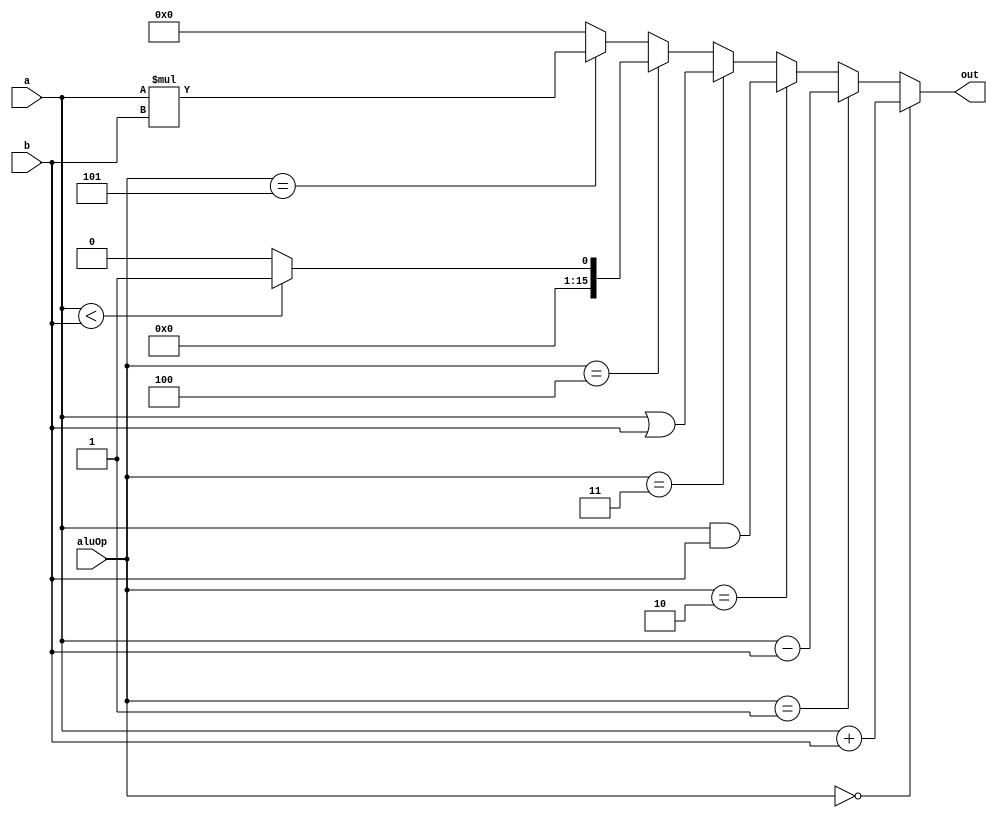
module alu32(

input [15:0] a,
input [15:0] b,
input [2:0] aluOp,

output [15:0] out

);

wire [15:0] add_res, sub_res, and_res, or_res, slt_res, mult_res;

assign add_res = a + b;
assign sub_res = a - b;
assign and_res = a & b;
assign or_res = a | b;
assign slt_res = (a < b) ? 16'b1 : 16'b0;
assign mult_res = a * b;

assign out = (aluOp == 3'b000) ? add_res :
    (aluOp == 3'b001) ? sub_res :
    (aluOp == 3'b010) ? and_res :
    (aluOp == 3'b011) ? or_res :
    (aluOp == 3'b100) ? slt_res :
    (aluOp == 3'b101) ? mult_res :
    16'b0;


endmodule